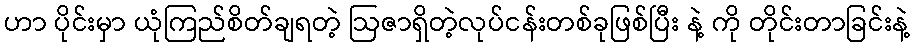
ဟာ ပိုင်းမှာ ယုံကြည်စိတ်ချရတဲ့ ဩဇာရှိတဲ့လုပ်ငန်းတစ်ခုဖြစ်ပြီး နဲ့ ကို တိုင်းတာခြင်းနဲ့